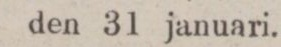
den 31 januari.